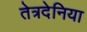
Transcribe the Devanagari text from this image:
तेत्रदेनिया